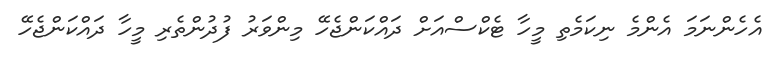
އެހެންނަމަ އެންމެ ނިކަމެތި މީހާ ޓެކްސްއަށް ދައްކަންޖެހޭ މިންވަރު ފުދުންތެރި މީހާ ދައްކަންޖެހޭ